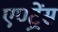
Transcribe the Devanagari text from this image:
एण्ट्रेंस